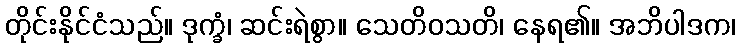
တိုင်းနိုင်ငံသည်။ ဒုက္ခံ၊ ဆင်းရဲစွာ။ သေတိဝသတိ၊ နေရ၏။ အဘိပါဒက၊